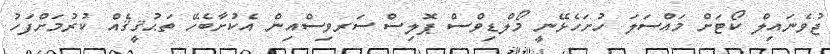
ޖުވެނައިލް ކޯޓަށް މައްސަލަ ހުށަހެޅޭނީ މޯލްޑިވްސް ޕޮލިސް ސަރވިސްއިން އެކުށާބެހޭ ތަޙުޤީޤެއް ކުރުމަށްފަހު